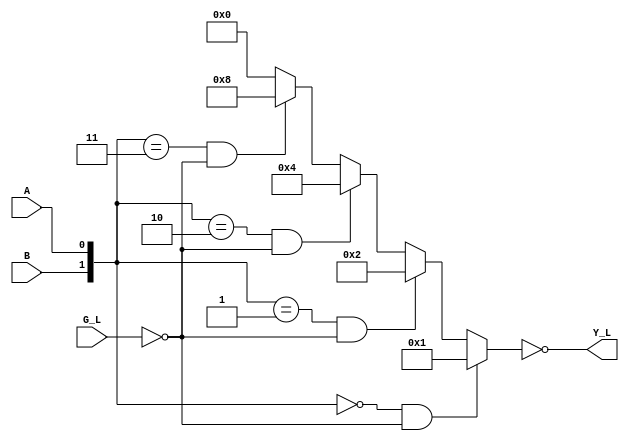
`timescale 1ns / 1ps
//////////////////////////////////////////////////////////////////////////////////
// Company:
// Engineer:
//
// Design Name:
// Module Name:    v74x139_dataflow
// Project Name:
// Target Devices:
// Tool versions:
// Description:
//
// Dependencies:
//
// Revision:
// Revision 0.01 - File Created
// Additional Comments:
//
//////////////////////////////////////////////////////////////////////////////////
module v74x139_dataflow(
	input G_L,
	input A,
	input B,
	output [3:0] Y_L
	);

	 wire [1:0] sel;
	 wire [3:0] out;

	 assign sel = {B, A};
	 assign Y_L = ~out;

	 assign out = (sel == 2'b00 && G_L == 1'b0) ? 4'b0001 :
					  (sel == 2'b01 && G_L == 1'b0) ? 4'b0010 :
					  (sel == 2'b10 && G_L == 1'b0) ? 4'b0100 :
					  (sel == 2'b11 && G_L == 1'b0) ? 4'b1000 :
					  4'b0000;

endmodule